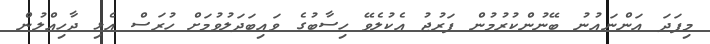
މިފަދަ އަންނައުނު ބޭނުންކުރުމުން ފަރުޖު އެކުލެވޭ ހިސާބުގެ ވައިބަދަލުވުމަށް ހުރަސް އެޅި ދާހިއްލުން